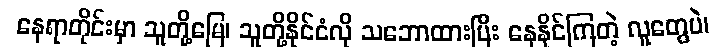
နေရာတိုင်းမှာ သူတို့မြေ၊ သူတို့နိုင်ငံလို သဘောထားပြီး နေနိုင်ကြတဲ့ လူတွေပဲ၊